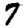
Digit: 7